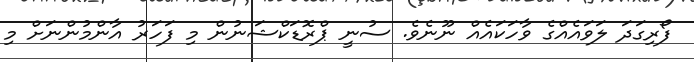
ފޯރިގަދަ ލަވައެއްގެ ވާހަކައެއް ނޫނެވެ. ސުނީ ޕްރޮޑަކްޝަނުން މި ފަހަރު އާންމުންނަށް މި